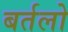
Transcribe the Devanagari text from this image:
बर्तलो